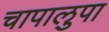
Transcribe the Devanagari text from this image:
चापालुपा